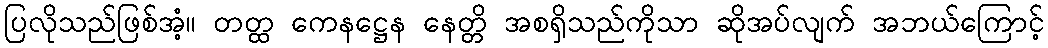
ပြလိုသည်ဖြစ်အံ့။ တတ္ထ ကေနဋ္ဌေန နေတ္တိ အစရှိသည်ကိုသာ ဆိုအပ်လျက် အဘယ်ကြောင့်